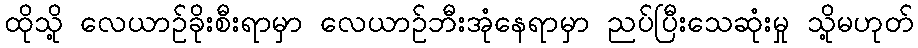
ထိုသို့ လေယာဥ်ခိုးစီးရာမှာ လေယာဥ်ဘီးအုံနေရာမှာ ညပ်ပြီးသေဆုံးမှု သို့မဟုတ်